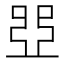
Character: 𠁁